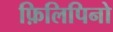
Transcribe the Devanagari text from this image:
फ़िलिपिनो